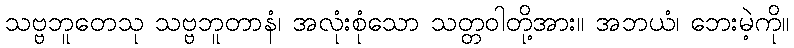
သဗ္ဗဘူတေသု သဗ္ဗဘူတာနံ၊ အလုံးစုံသော သတ္တဝါတို့အား။ အဘယံ၊ ဘေးမဲ့ကို။